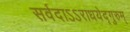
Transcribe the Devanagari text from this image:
सर्वदाऽऽराधयेद्गुरुम्